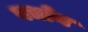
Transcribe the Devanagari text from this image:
बर्धान